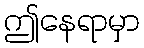
ဤနေရာမှာ